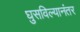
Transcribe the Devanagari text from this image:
घुसविल्यानंतर